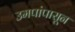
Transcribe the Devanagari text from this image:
उमपांपासून